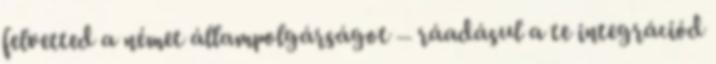
felvetted a német állampolgárságot – ráadásul a te integrációd